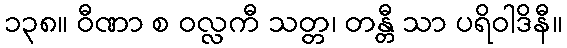
၁၃၈။ ဝီဏာ စ ဝလ္လကီ သတ္တ၊ တန္တီ သာ ပရိဝါဒိနီ။